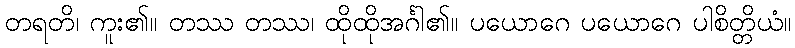
တရတိ၊ ကူး၏။ တဿ တဿ၊ ထိုထိုအင်္ဂါ၏။ ပယောဂေ ပယောဂေ ပါစိတ္တိယံ။